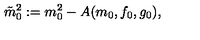
\tilde { m } _ { 0 } ^ { 2 } : = m _ { 0 } ^ { 2 } - A ( m _ { 0 } , f _ { 0 } , g _ { 0 } ) ,